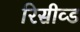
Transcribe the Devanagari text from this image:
रिसीव्ड